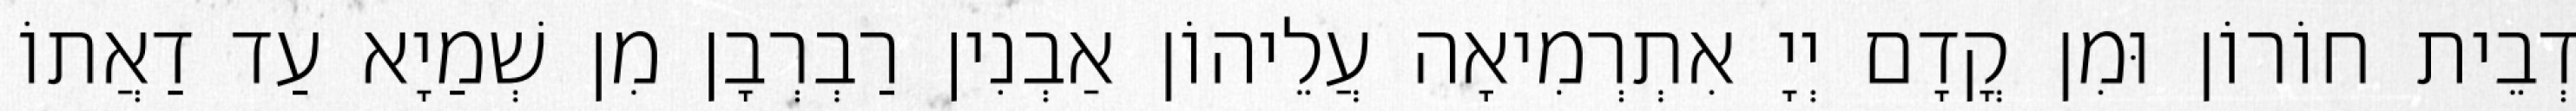
דְבֵית חוֹרוֹן וּמִן קֳדָם יְיָ אִתְרְמִיאָה עֲלֵיהוֹן אַבְנִין רַבְרְבָן מִן שְׁמַיָא עַד דַאֲתוֹ